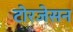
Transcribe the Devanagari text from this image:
टोरजेसन